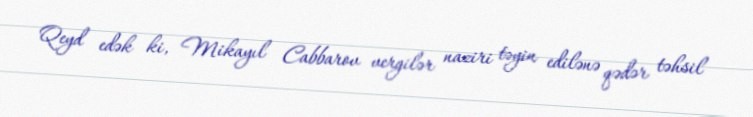
Qeyd edək ki, Mikayıl Cabbarov vergilər naziri təyin edilənə qədər təhsil